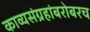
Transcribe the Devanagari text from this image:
काव्यसंग्रहांबरोबरच